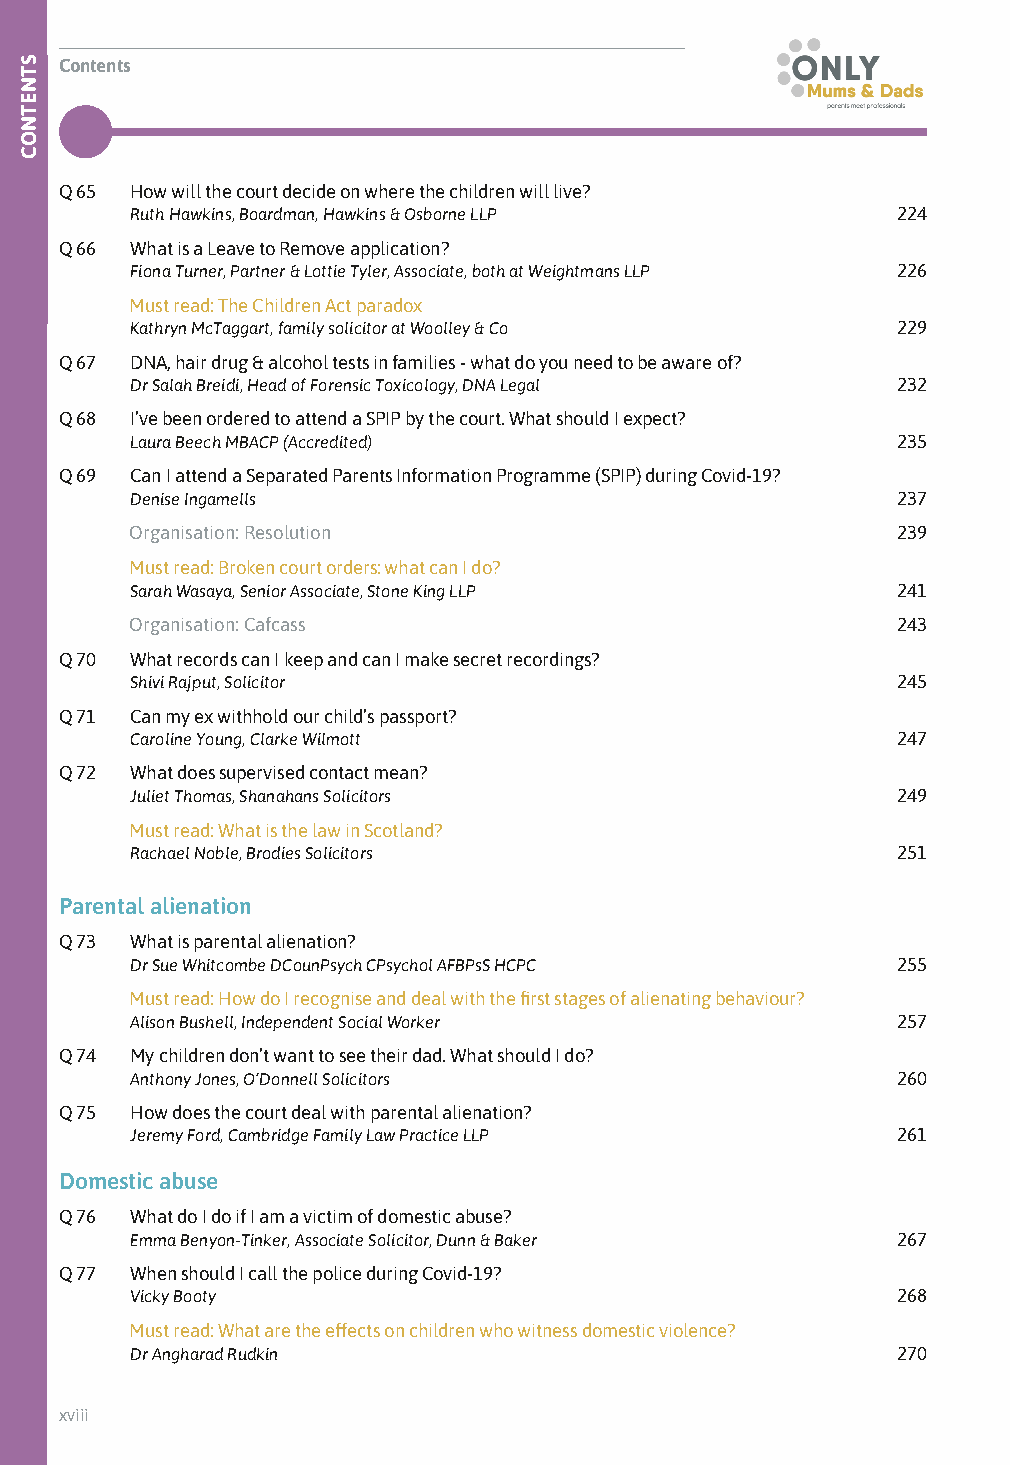
Contents
 Q 65 How will the court decide on where the children will live?
 Ruth Hawkins, Boardman, Hawkins & Osborne LLP     224
 Q 66 What is a Leave to Remove application?
 Fiona Turner, Partner & Lottie Tyler, Associate, both at Weightmans LLP 226
 Must read: The Children Act paradox
 Kathryn McTaggart, family solicitor at Woolley & Co 229
 Q 67 DNA, hair drug & alcohol tests in families - what do you need to be aware of?
 Dr Salah Breidi, Head of Forensic Toxicology, DNA Legal 232
 Q 68 I’ve been ordered to attend a SPIP by the court. What should I expect?
 Laura Beech MBACP (Accredited)                    235
 Q 69 Can I attend a Separated Parents Information Programme (SPIP) during Covid-19?
 Denise Ingamells                                  237
 Organisation: Resolution                          239
 Must read: Broken court orders: what can I do?
 Sarah Wasaya, Senior Associate, Stone King LLP    241
 Organisation: Cafcass                             243
 Q 70 What records can I keep and can I make secret recordings?
 Shivi Rajput, Solicitor                           245
 Q 71 Can my ex withhold our child’s passport?
 Caroline Young, Clarke Wilmott                    247
 Q 72 What does supervised contact mean?
 Juliet Thomas, Shanahans Solicitors               249
 Must read: What is the law in Scotland?
 Rachael Noble, Brodies Solicitors                 251
 Parental alienation
 Q 73 What is parental alienation?
 Dr Sue Whitcombe DCounPsych CPsychol AFBPsS HCPC  255
 Must read: How do I recognise and deal with the first stages of alienating behaviour?
 Alison Bushell, Independent Social Worker         257
 Q 74 My children don’t want to see their dad. What should I do?
 Anthony Jones, O’Donnell Solicitors               260
 Q 75 How does the court deal with parental alienation?
 Jeremy Ford, Cambridge Family Law Practice LLP    261
 Domestic abuse
 Q 76 What do I do if I am a victim of domestic abuse?
 Emma Benyon-Tinker, Associate Solicitor, Dunn & Baker 267
 Q 77 When should I call the police during Covid-19?
 Vicky Booty                                       268
 Must read: What are the effects on children who witness domestic violence?
 Dr Angharad Rudkin                                270
 xviii
 STNETNOC